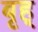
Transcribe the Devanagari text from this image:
बृह्